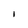
Character: l